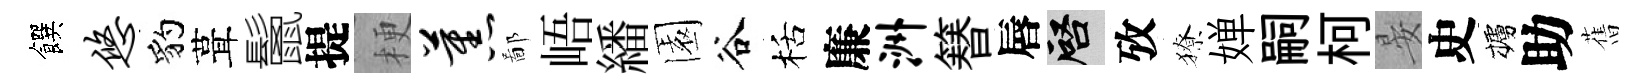
饌悠豹葺鬛提梗蕉鄙峿繙園谷栝廉洲簮唇啓攷獠婵嗣柯晏史櫨助𦾔